Report of an investigation into the causes of the diseases known in Assam as Kála-Azár and Beri-Beri
Disease focus: Beri-Beri
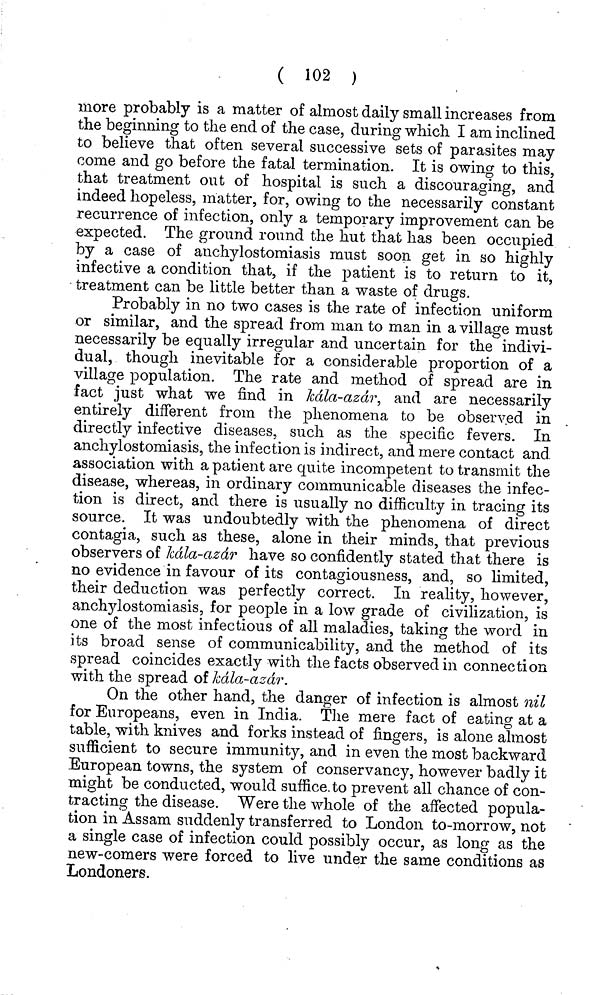
( 102 )
more probably is a matter of almost daily small increases from
the beginning to the end of the case, during which I am inclined
to believe that often several successive sets of parasites may
come and go before the fatal termination. It is owing to this,
that treatment out of hospital is such a discouraging, and
indeed hopeless, matter, for, owing to the necessarily constant
recurrence of infection, only a temporary improvement can be
expected. The ground round the hut that has been occupied
by a case of anchylostomiasis must soon get in so highly
infective a condition that, if the patient is to return to it,
treatment can be little better than a waste of drugs.
Probably in no two cases is the rate of infection uniform
or similar, and the spread from man to man in a village must
necessarily be equally irregular and uncertain for the indivi-
dual, though inevitable for a considerable proportion of a
village population. The rate and method of spread are in
fact just what we find in Mla-azdr, and are necessarily
entirely different from the phenomena to be observed in
directly infective diseases, such as the specific fevers. In
anchylostomiasis, the infection is indirect, and mere contact and
association with a patient are quite incompetent to transmit the
disease, whereas, in ordinary communicable diseases the infec-
tion is direct, and there is usually no difficulty in tracing its
source. It was undoubtedly with the phenomena of direct
contagia, such as these, alone in their minds, that previous
observers of Mla-azdr have so confidently stated that there is
no evidence in favour of its contagiousness, and, so limited,
their deduction was perfectly correct. In reality, however,
anchylostomiasis, for people in a low grade of civilization, is
one of the most infectious of all maladies, taking the word in
its broad sense of communicability, and the method of its
spread coincides exactly with the facts observed in connection
with the spread of kdla-azdr.
On the other hand, the danger of infection is almost nil
for Europeans, even in India. The mere fact of eating at a
table, with knives and forks instead of fingers, is alone almost
sufficient to secure immunity, and in even the most backward
European towns, the system of conservancy, however badly it
might be conducted, would suffice, to prevent all chance of con-
tracting the disease. Were the whole of the affected popula-
tion in Assam suddenly transferred to London to-morrow, not
a single case of infection could possibly occur, as long as the
new-comers were forced to live under the same conditions as
Londoners.